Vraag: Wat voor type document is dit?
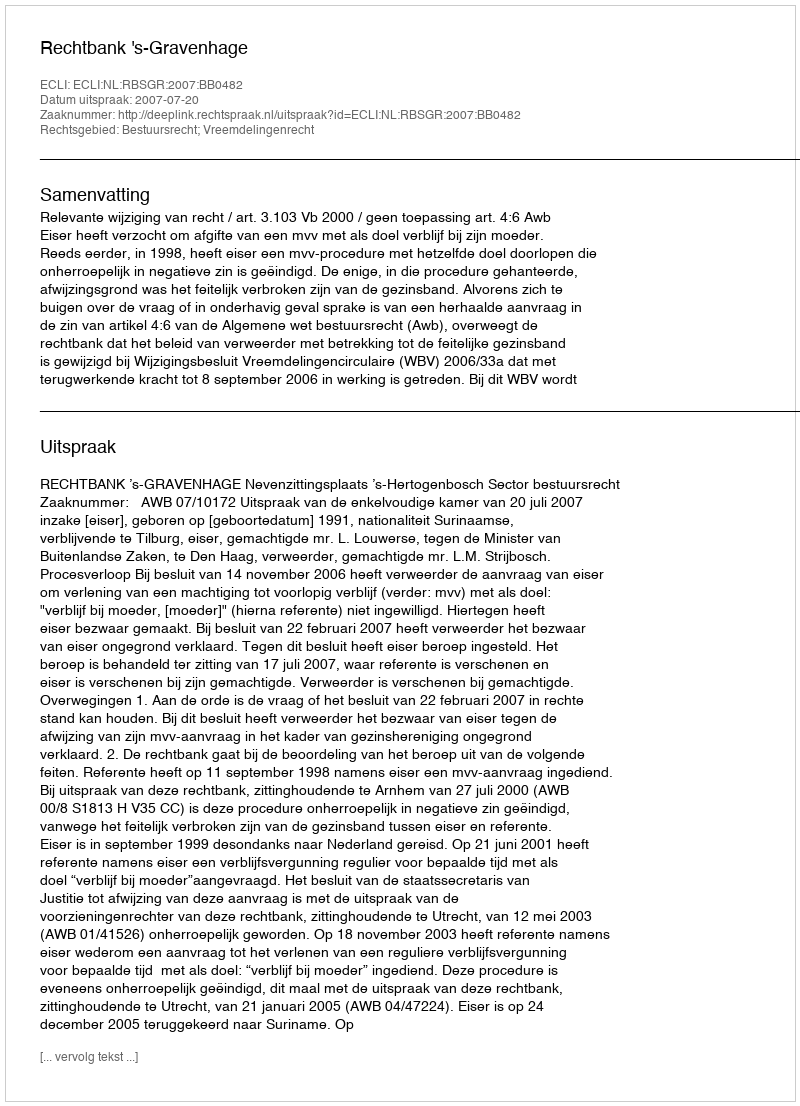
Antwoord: Uitspraak